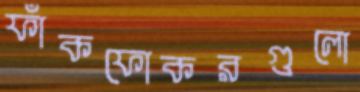
ফাঁকফোকরগুলো